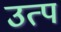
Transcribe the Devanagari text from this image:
उत्प